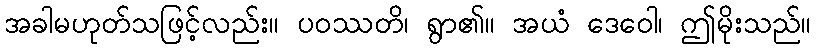
အခါမဟုတ်သဖြင့်လည်း။ ပဝဿတိ၊ ရွာ၏။ အယံ ဒေဝေါ၊ ဤမိုးသည်။